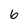
Character: 6